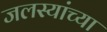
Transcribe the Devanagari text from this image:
जलस्यांच्या